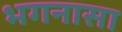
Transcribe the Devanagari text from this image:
भगनासा